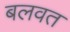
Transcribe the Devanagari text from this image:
बलवत